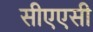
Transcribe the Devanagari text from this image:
सीएएसी